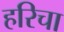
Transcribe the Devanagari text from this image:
हरिचा